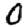
Digit: 0